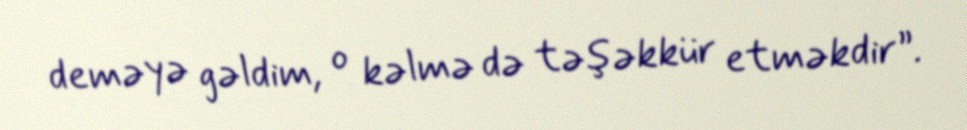
deməyə gəldim, o kəlmə də təşəkkür etməkdir”.